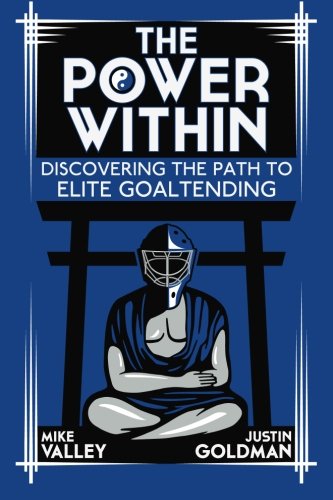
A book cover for The Power Within: Discovering the Path to Elite Goaltending; Mike Valley; Sports & Outdoors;